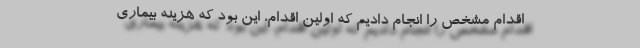
اقدام مشخص را انجام دادیم که اولین اقدام، این بود که هزینه بیماری